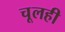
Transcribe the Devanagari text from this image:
चूलही